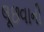
લૂછવાની